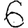
Digit: 6